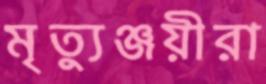
মৃত্যুঞ্জয়ীরা